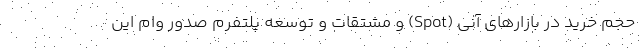
حجم خرید در بازارهای آنی (Spot) و مشتقات و توسعه پلتفرم صدور وام این